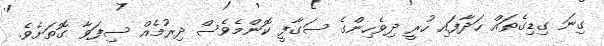
ގިނަ ގިޑިގެތައް ހަދާފައި ހުރީ ދިވެހިންގެ ސަގާފީ ކޮންމެވެސް ދިރުމެއް ސިފަވާ ގޮތަށެވެ.